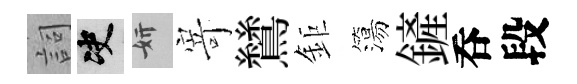
詞决妍𭔃鷥鉅簜鏟呑段